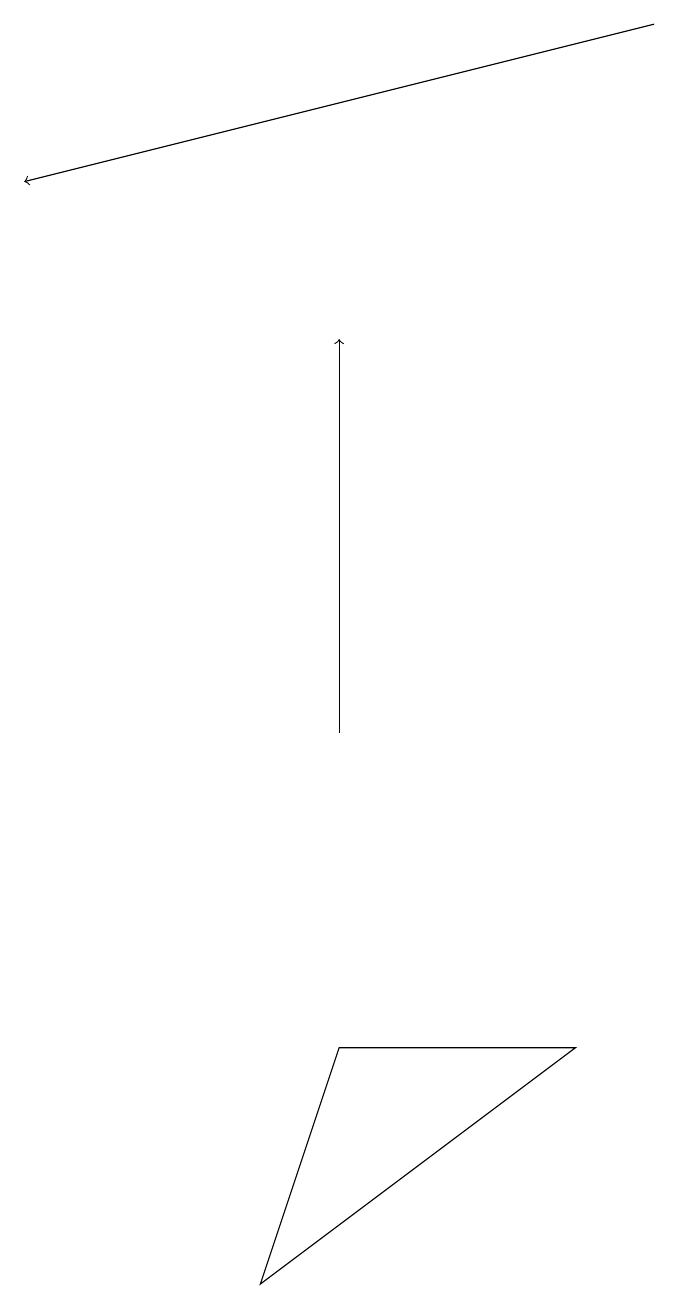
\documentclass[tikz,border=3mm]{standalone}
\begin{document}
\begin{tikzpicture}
\draw[->] (9,19) -- (1,17);
\draw (4,3) -- (8,6) -- (5,6) -- cycle;
\draw[->] (5,10) -- (5,15);
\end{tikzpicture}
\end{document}